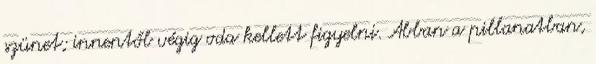
szünet; innentől végig oda kellett figyelni. Abban a pillanatban,